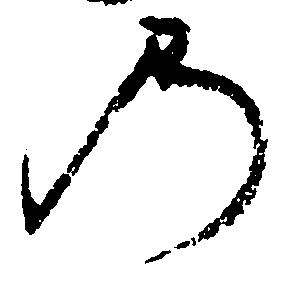
の